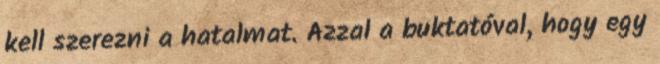
kell szerezni a hatalmat. Azzal a buktatóval, hogy egy